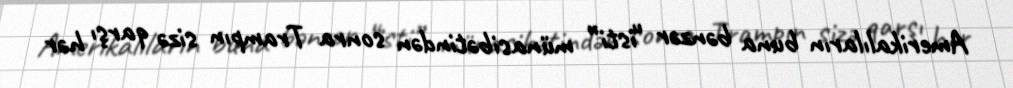
Amerikalıların buna bənzər “isti” münasibətindən sonra Trampın sizə qarşı hər